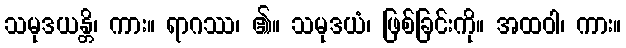
သမုဒယန္တိ၊ ကား။ ရာဂဿ၊ ၏။ သမုဒယံ၊ ဖြစ်ခြင်းကို။ အထဝါ၊ ကား။